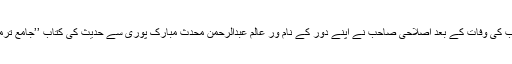
فراہی صاحب کی وفات کے بعد اصلاحی صاحب نے اپنے دور کے نام ور عالم عبدالرحمن محدث مبارک پوری سے حدیث کی کتاب ’’جامع ترمذی‘‘ پڑھی۔